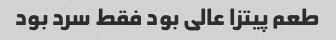
طعم پیتزا عالی بود فقط سرد بود